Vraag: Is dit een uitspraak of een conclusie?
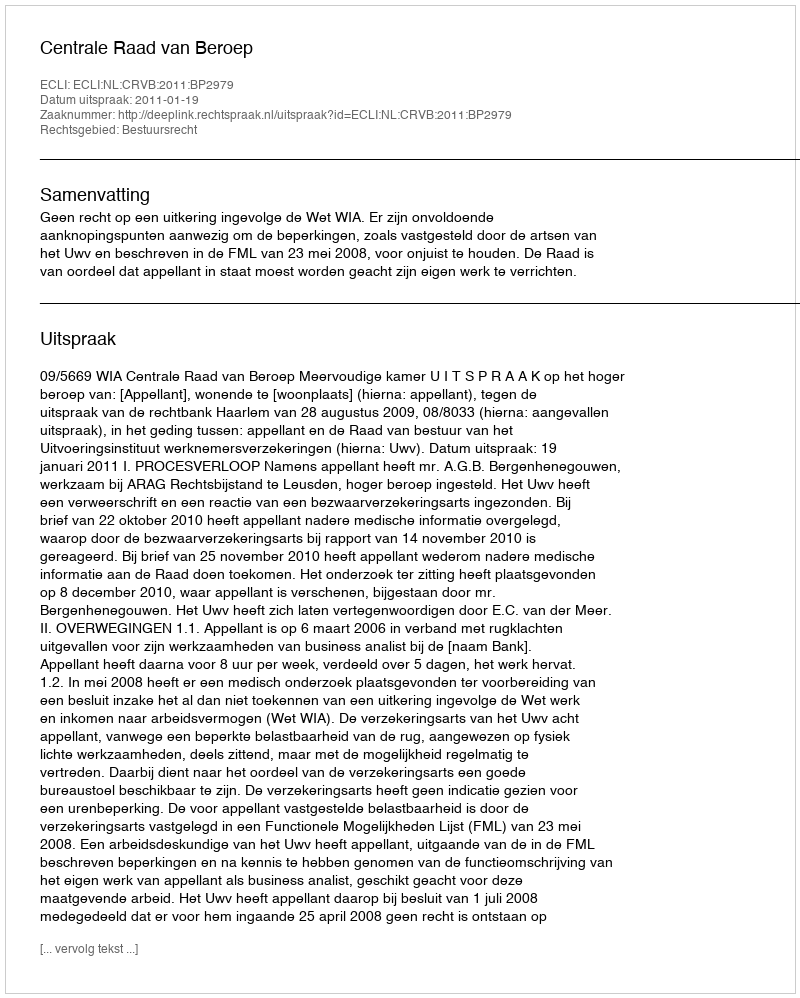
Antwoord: Uitspraak